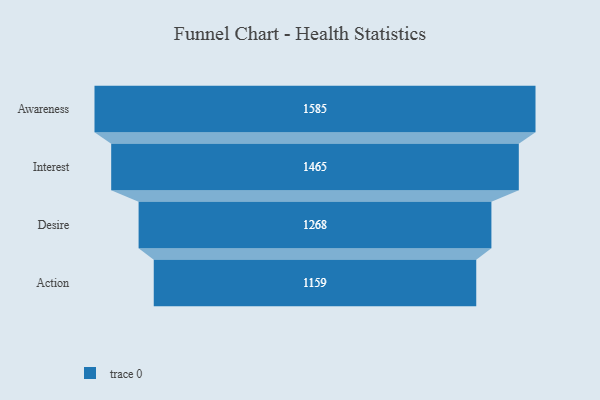
{"axis": {"x": "Stage", "y": "Value"}, "legend": [""], "data": [{"x": "Awareness", "y": 1585.0, "type": ""}, {"x": "Interest", "y": 1465.0, "type": ""}, {"x": "Desire", "y": 1268.0, "type": ""}, {"x": "Action", "y": 1159.0, "type": ""}]}